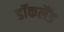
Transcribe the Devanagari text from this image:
डॉकलैंड